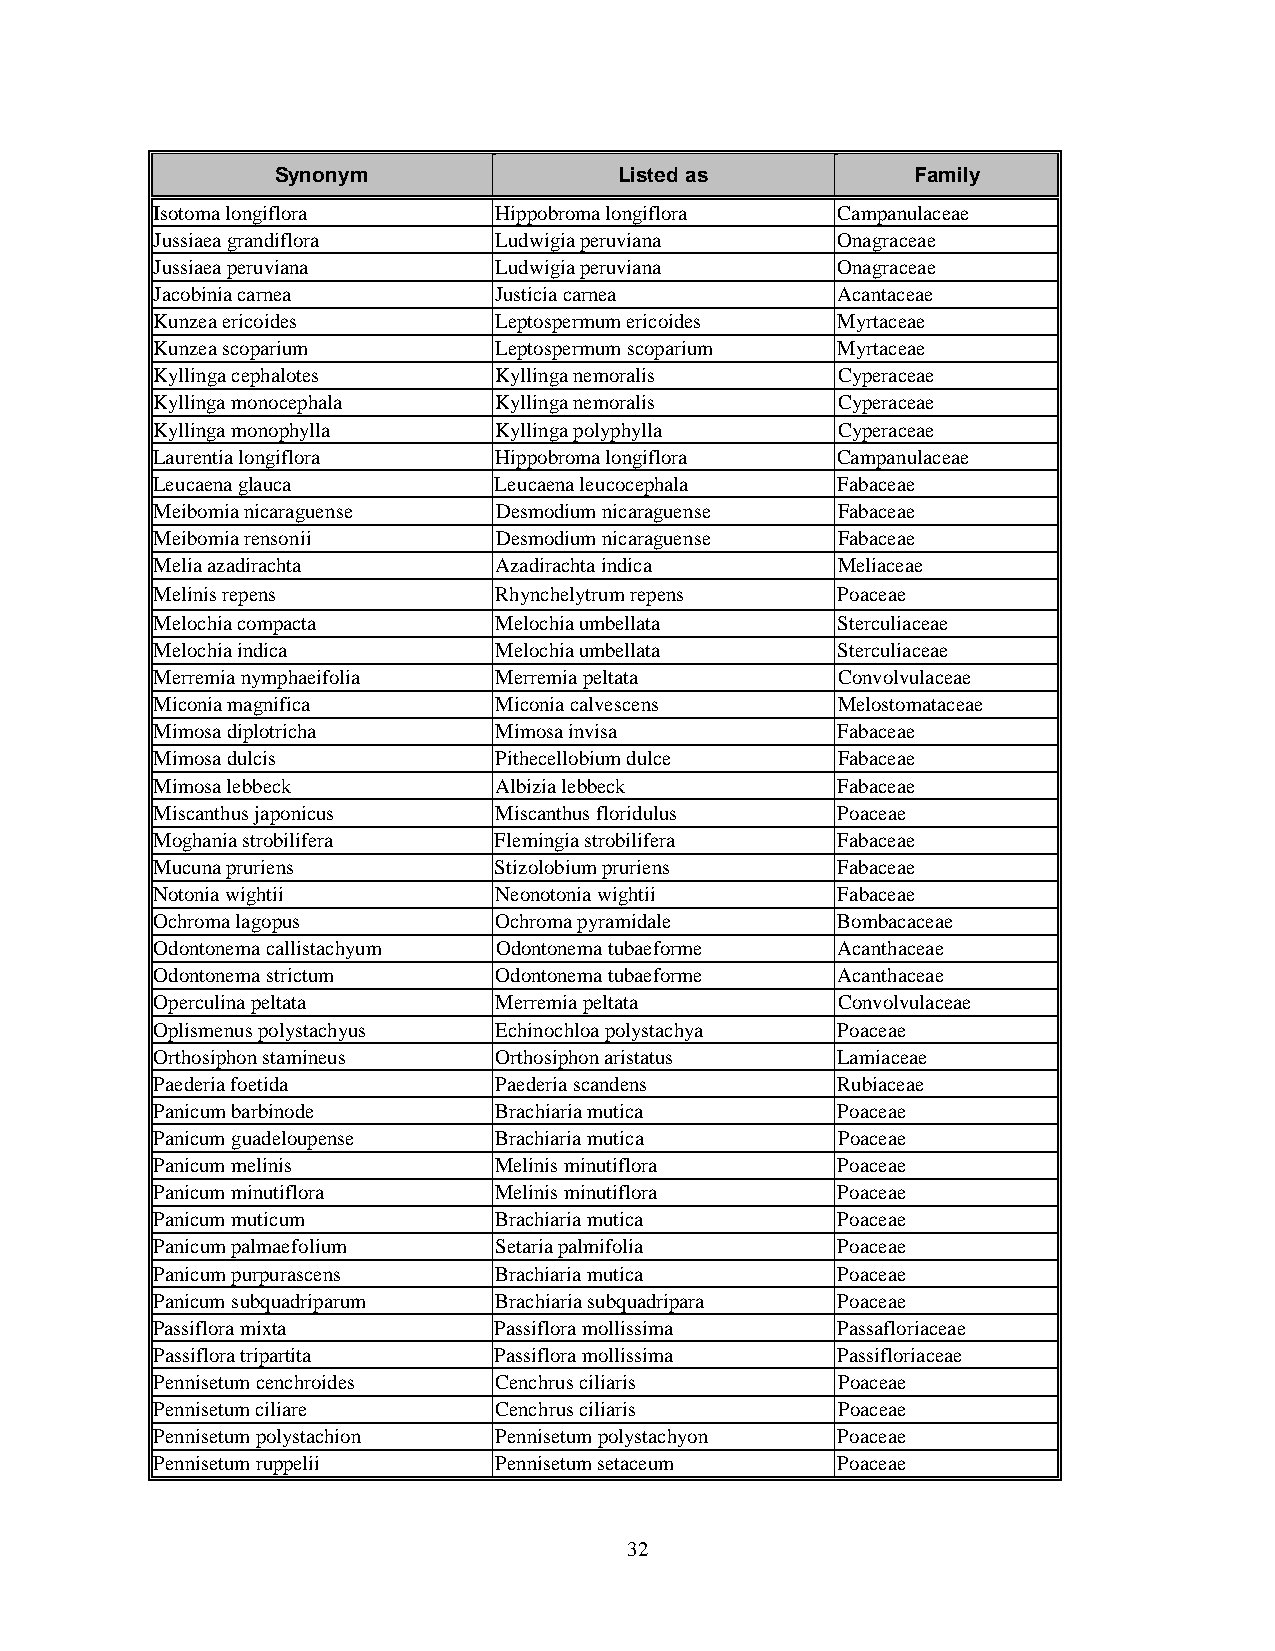
Synonym                Listed as           Family
 Isotoma longiflora     Hippobroma longiflora Campanulaceae
 Jussiaea grandiflora   Ludwigia peruviana    Onagraceae
 Jussiaea peruviana     Ludwigia peruviana    Onagraceae
 Jacobinia carnea       Justicia carnea       Acantaceae
 Kunzea ericoides       Leptospermum ericoides Myrtaceae
 Kunzea scoparium       Leptospermum scoparium Myrtaceae
 Kyllinga cephalotes    Kyllinga nemoralis    Cyperaceae
 Kyllinga monocephala   Kyllinga nemoralis    Cyperaceae
 Kyllinga monophylla    Kyllinga polyphylla   Cyperaceae
 Laurentia longiflora   Hippobroma longiflora Campanulaceae
 Leucaena glauca        Leucaena leucocephala Fabaceae
 Meibomia nicaraguense  Desmodium nicaraguense Fabaceae
 Meibomia rensonii      Desmodium nicaraguense Fabaceae
 Melia azadirachta      Azadirachta indica    Meliaceae
 Melinis repens         Rhynchelytrum repens  Poaceae
 Melochia compacta      Melochia umbellata    Sterculiaceae
 Melochia indica        Melochia umbellata    Sterculiaceae
 Merremia nymphaeifolia Merremia peltata      Convolvulaceae
 Miconia magnifica      Miconia calvescens    Melostomataceae
 Mimosa diplotricha     Mimosa invisa         Fabaceae
 Mimosa dulcis          Pithecellobium dulce  Fabaceae
 Mimosa lebbeck         Albizia lebbeck       Fabaceae
 Miscanthus japonicus   Miscanthus floridulus Poaceae
 Moghania strobilifera  Flemingia strobilifera Fabaceae
 Mucuna pruriens        Stizolobium pruriens  Fabaceae
 Notonia wightii        Neonotonia wightii    Fabaceae
 Ochroma lagopus        Ochroma pyramidale    Bombacaceae
 Odontonema callistachyum Odontonema tubaeforme Acanthaceae
 Odontonema strictum    Odontonema tubaeforme Acanthaceae
 Operculina peltata     Merremia peltata      Convolvulaceae
 Oplismenus polystachyus Echinochloa polystachya Poaceae
 Orthosiphon stamineus  Orthosiphon aristatus Lamiaceae
 Paederia foetida       Paederia scandens     Rubiaceae
 Panicum barbinode      Brachiaria mutica     Poaceae
 Panicum guadeloupense  Brachiaria mutica     Poaceae
 Panicum melinis        Melinis minutiflora   Poaceae
 Panicum minutiflora    Melinis minutiflora   Poaceae
 Panicum muticum        Brachiaria mutica     Poaceae
 Panicum palmaefolium   Setaria palmifolia    Poaceae
 Panicum purpurascens   Brachiaria mutica     Poaceae
 Panicum subquadriparum Brachiaria subquadripara Poaceae
 Passiflora mixta       Passiflora mollissima Passafloriaceae
 Passiflora tripartita  Passiflora mollissima Passifloriaceae
 Pennisetum cenchroides Cenchrus ciliaris     Poaceae
 Pennisetum ciliare     Cenchrus ciliaris     Poaceae
 Pennisetum polystachion Pennisetum polystachyon Poaceae
 Pennisetum ruppelii    Pennisetum setaceum   Poaceae
 32